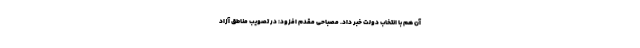
آن هم با انتخاب دولت خبر داد. مصباحی مقدم افزود: در تصویب مناطق آزاد